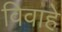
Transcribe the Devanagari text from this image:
विवाहे